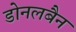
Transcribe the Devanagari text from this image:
डोनलबैन